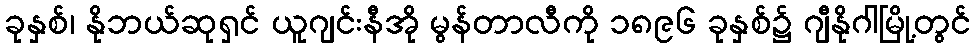
ခုနှစ်၊ နိုဘယ်ဆုရှင် ယူဂျင်းနီအို မွန်တာလီကို ၁၈၉၆ ခုနှစ်၌ ဂျီနိုဂါမြို့တွင်